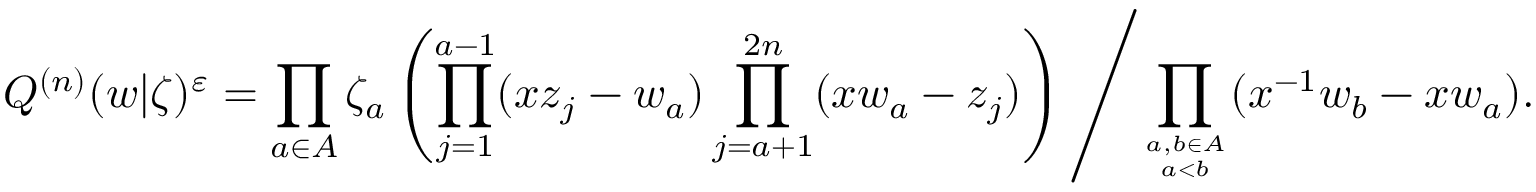
Q ^ { ( n ) } ( w | \zeta ) ^ { \varepsilon } = \prod _ { a \in A } \zeta _ { a } \left( \prod _ { j = 1 } ^ { a - 1 } ( x z _ { j } - w _ { a } ) \prod _ { j = a + 1 } ^ { 2 n } ( x w _ { a } - z _ { j } ) \right) \left/ \prod _ { a , b \in A \atop a < b } ( x ^ { - 1 } w _ { b } - x w _ { a } ) . \right.